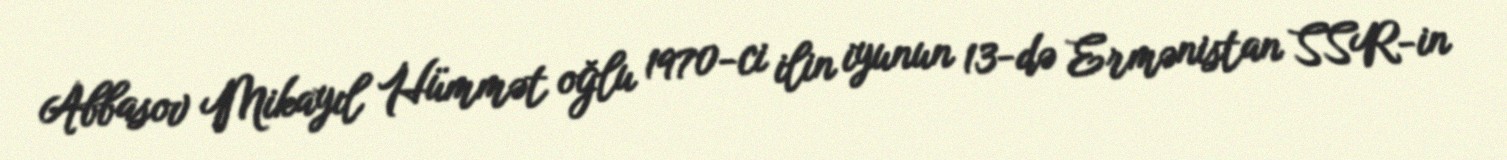
Abbasov Mikayıl Hümmət oğlu 1970-ci ilin iyunun 13-də Ermənistan SSR-in